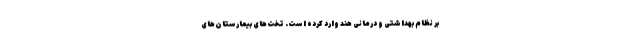
بر نظام بهداشتی و درمانی هند وارد کرده است. تخت‌های بیمارستان‌های